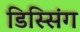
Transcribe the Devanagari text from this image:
डिस्सिंग